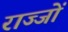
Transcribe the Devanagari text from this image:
राज्जों